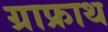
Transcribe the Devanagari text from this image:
ग्राफ्राथ